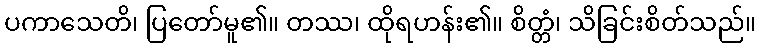
ပကာသေတိ၊ ပြတော်မူ၏။ တဿ၊ ထိုရဟန်း၏။ စိတ္တံ၊ သိခြင်းစိတ်သည်။